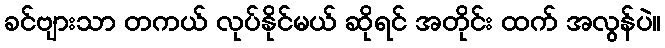
ခင်ဗျားသာ တကယ် လုပ်နိုင်မယ် ဆိုရင် အတိုင်း ထက် အလွန်ပဲ။